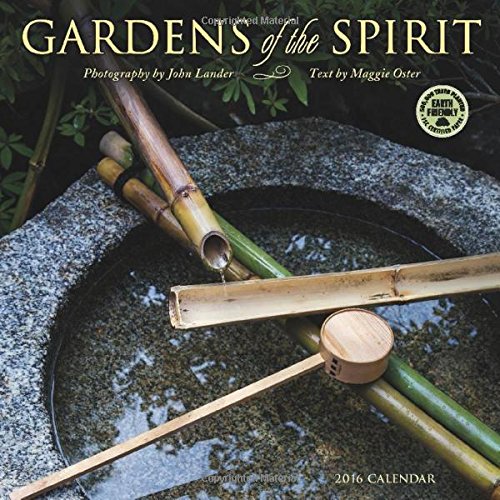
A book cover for Gardens of the Spirit 2016 Wall Calendar; Maggie Oster; Calendars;